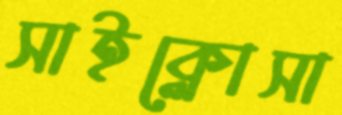
সাইক্লোসা